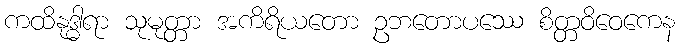
ကထိနုဒ္ဓါရာ သုမုတ္တာ အကိရိယတော ဥဘတောပဿေ စိတ္တဝိဝေကေန